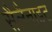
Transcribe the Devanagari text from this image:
सैलैनाइट